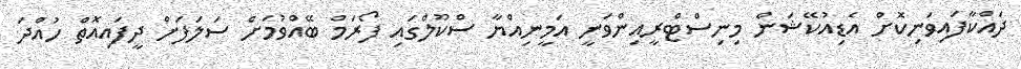
ދައްކާފައިވަނިކޮށް އެޑިއުކޭޝަން މިނިސްޓްރީއިންވަނީ އަމީނިއްޔާ ސްކޫލްގައި ފޯރަމް ބޭއްވުމަށް ސަލަފަށް ދީފައިއޮތް ހުއްދަ